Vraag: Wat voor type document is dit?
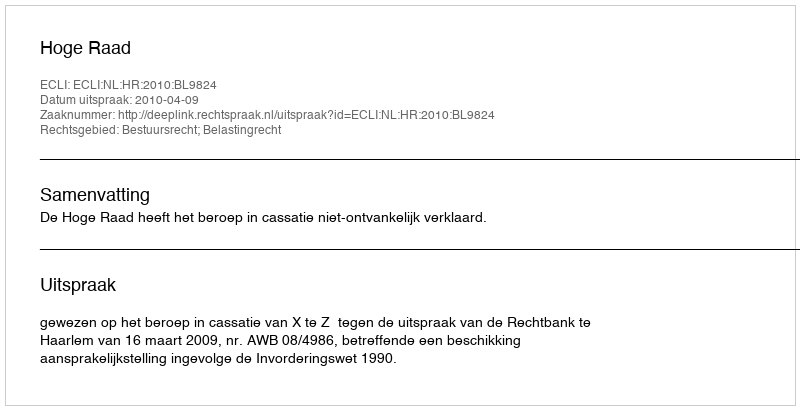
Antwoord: Uitspraak